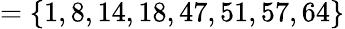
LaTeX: =\{ 1,8,14,18,47,51,57,64\}